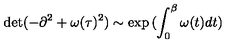
\det ( - \partial ^ { 2 } + \omega ( \tau ) ^ { 2 } ) \sim \exp { ( \int _ { 0 } ^ { \beta } \omega ( t ) d t ) }